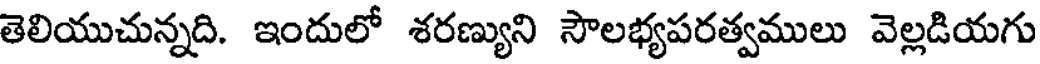
తెలియుచున్నది. ఇందులో శరణ్యుని సౌలభ్యపరత్వములు వెల్లడియగు